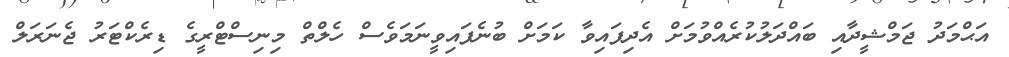
އަޙްމަދު ޖަމްޝީދާއި ބައްދަލުކުރެއްވުމަށް އެދިފައިވާ ކަމަށް ބުނެފައިވީނަމަވެސް ހެލްތް މިނިސްޓްރީގެ ޑިރެކްޓަރު ޖެނަރަލް